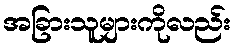
အခြားသူများကိုလည်း